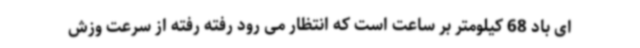
ای باد 68 کیلومتر بر ساعت است که انتظار می رود رفته رفته از سرعت وزش